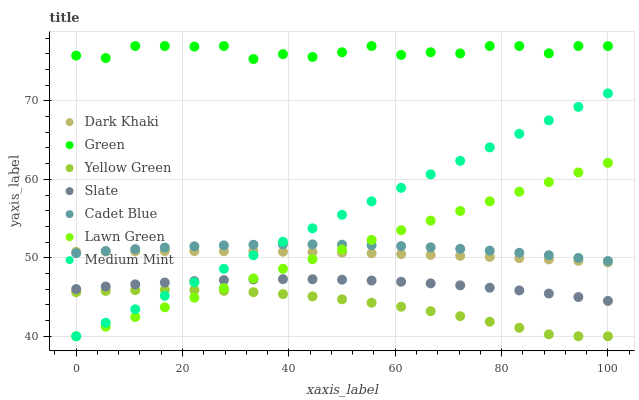
| xaxis_label | Dark Khaki | Green | Yellow Green | Slate | Cadet Blue | Lawn Green | Medium Mint |
 | --- | --- | --- | --- | --- | --- | --- | --- |
 | 0 | 50.8 | 75.8 | 45.6 | 46 | 50.6 | 40 | 40 |
 | 5.56 | 50.8 | 75.5 | 45.8 | 46.3 | 50.9 | 41.2 | 41.7 |
 | 11.1 | 50.8 | 77 | 45.9 | 46.6 | 51.1 | 42.5 | 43.4 |
 | 16.7 | 50.9 | 77 | 45.9 | 46.8 | 51.3 | 43.7 | 45.2 |
 | 22.2 | 50.9 | 76.9 | 45.9 | 47 | 51.5 | 44.9 | 46.9 |
 | 27.8 | 50.8 | 77 | 45.8 | 47.2 | 51.6 | 46.1 | 48.6 |
 | 33.3 | 50.8 | 75.3 | 45.6 | 47.2 | 51.7 | 47.4 | 50.3 |
 | 38.9 | 50.8 | 76 | 45.4 | 47.3 | 51.7 | 48.6 | 52 |
 | 44.4 | 50.7 | 75.6 | 45.1 | 47.3 | 51.7 | 49.8 | 53.8 |
 | 50 | 50.7 | 76.2 | 44.7 | 47.2 | 51.7 | 51.1 | 55.5 |
 | 55.6 | 50.6 | 77 | 44.3 | 47.1 | 51.6 | 52.3 | 57.2 |
 | 61.1 | 50.5 | 75.9 | 43.8 | 46.9 | 51.5 | 53.5 | 58.9 |
 | 66.7 | 50.4 | 76.2 | 43.2 | 46.7 | 51.3 | 54.7 | 60.6 |
 | 72.2 | 50.2 | 76.1 | 42.6 | 46.5 | 51.1 | 56 | 62.4 |
 | 77.8 | 50.1 | 77 | 41.9 | 46.2 | 50.9 | 57.2 | 64.1 |
 | 83.3 | 50 | 77 | 41.1 | 45.8 | 50.6 | 58.4 | 65.8 |
 | 88.9 | 49.8 | 76.1 | 40.2 | 45.4 | 50.3 | 59.7 | 67.5 |
 | 94.4 | 49.6 | 77 | 40 | 45 | 50 | 60.9 | 69.2 |
 | 100 | 49.4 | 77 | 40 | 44.5 | 49.6 | 62.1 | 71 |